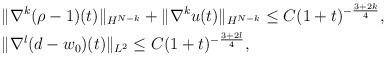
LaTeX: \begin{align*}\begin{aligned}&\|\nabla^k (\rho-1)(t)\|_{H^{N-k}} +\|\nabla^k u (t)\|_{H^{N-k}} \le C (1+t)^{-\frac{3+2k}{4}},\\&\|\nabla^l (d-w_0)(t)\|_{L^2} \le C (1+t)^{-\frac{3+2l}{4}},\end{aligned}\end{align*}